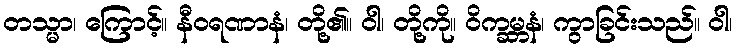
တသ္မာ၊ ကြောင့်။ နီဝရဏာနံ၊ တို့၏။ ဝါ၊ တို့ကို။ ဝိက္ခမ္ဘနံ၊ ကွာခြင်းသည်။ ဝါ၊